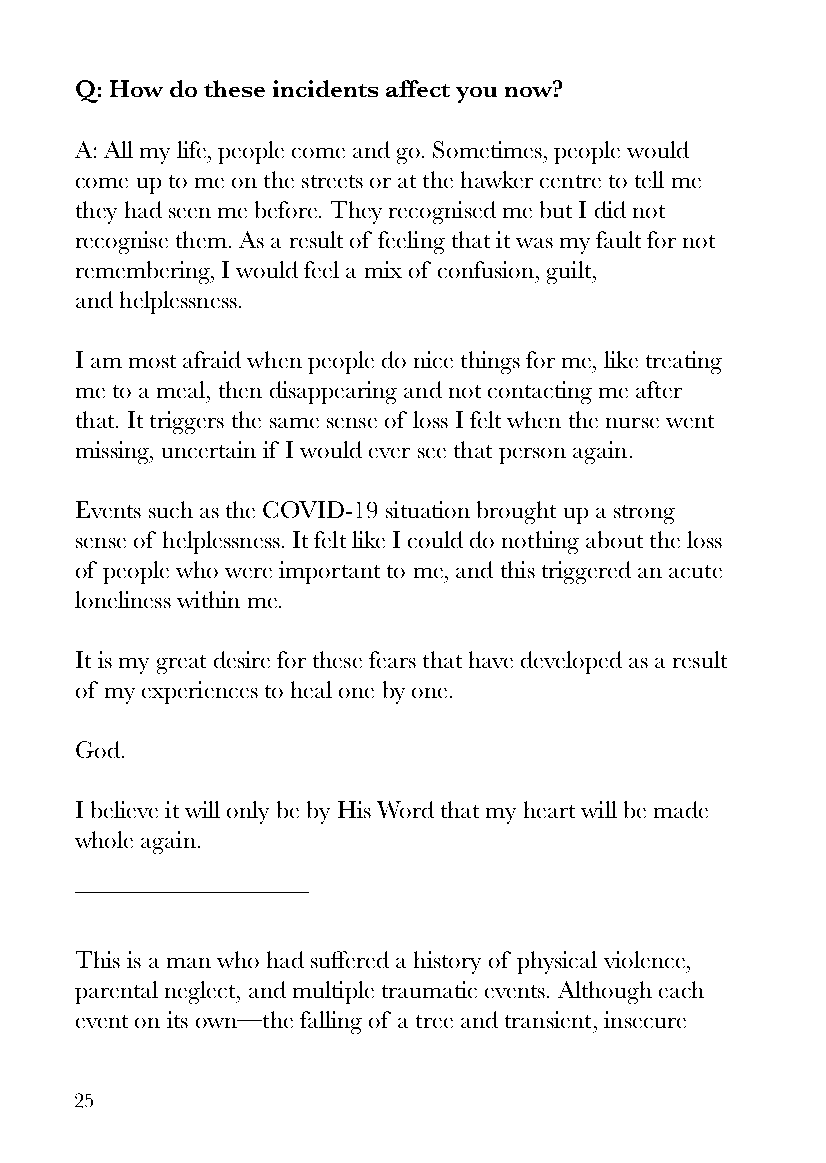
Q: How do these incidents affect you now?
 A: All my life, people come and go. Sometimes, people would
 come up to me on the streets or at the hawker centre to tell me
 they had seen me before. They recognised me but I did not
 recognise them. As a result of feeling that it was my fault for not
 remembering, I would feel a mix of confusion, guilt,
 and helplessness.
 I am most afraid when people do nice things for me, like treating
 me to a meal, then disappearing and not contacting me after
 that. It triggers the same sense of loss I felt when the nurse went
 missing, uncertain if I would ever see that person again.
 Events such as the COVID-19 situation brought up a strong
 sense of helplessness. It felt like I could do nothing about the loss
 of people who were important to me, and this triggered an acute
 loneliness within me.
 It is my great desire for these fears that have developed as a result
 of my experiences to heal one by one.
 God.
 I believe it will only be by His Word that my heart will be made
 whole again.
 This is a man who had suffered a history of physical violence,
 parental neglect, and multiple traumatic events. Although each
 event on its own—the falling of a tree and transient, insecure
 25